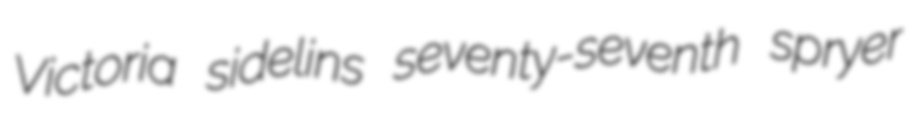
Victoria sidelins seventy-seventh spryer